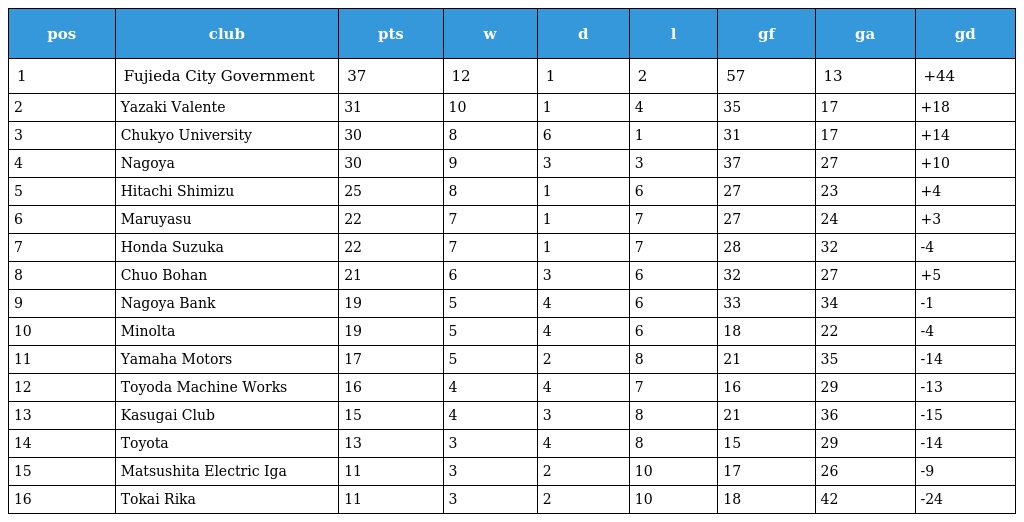
| pos | club | pts | w | d | l | gf | ga | gd |
 | --- | --- | --- | --- | --- | --- | --- | --- | --- |
 | 1 | Fujieda City Government | 37 | 12 | 1 | 2 | 57 | 13 | +44 |
 | 2 | Yazaki Valente | 31 | 10 | 1 | 4 | 35 | 17 | +18 |
 | 3 | Chukyo University | 30 | 8 | 6 | 1 | 31 | 17 | +14 |
 | 4 | Nagoya | 30 | 9 | 3 | 3 | 37 | 27 | +10 |
 | 5 | Hitachi Shimizu | 25 | 8 | 1 | 6 | 27 | 23 | +4 |
 | 6 | Maruyasu | 22 | 7 | 1 | 7 | 27 | 24 | +3 |
 | 7 | Honda Suzuka | 22 | 7 | 1 | 7 | 28 | 32 | -4 |
 | 8 | Chuo Bohan | 21 | 6 | 3 | 6 | 32 | 27 | +5 |
 | 9 | Nagoya Bank | 19 | 5 | 4 | 6 | 33 | 34 | -1 |
 | 10 | Minolta | 19 | 5 | 4 | 6 | 18 | 22 | -4 |
 | 11 | Yamaha Motors | 17 | 5 | 2 | 8 | 21 | 35 | -14 |
 | 12 | Toyoda Machine Works | 16 | 4 | 4 | 7 | 16 | 29 | -13 |
 | 13 | Kasugai Club | 15 | 4 | 3 | 8 | 21 | 36 | -15 |
 | 14 | Toyota | 13 | 3 | 4 | 8 | 15 | 29 | -14 |
 | 15 | Matsushita Electric Iga | 11 | 3 | 2 | 10 | 17 | 26 | -9 |
 | 16 | Tokai Rika | 11 | 3 | 2 | 10 | 18 | 42 | -24 |